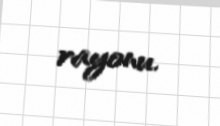
rayonu.